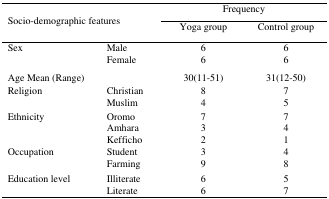
| <ROWSPAN=3-COLSPAN=2> Socio-demographic features | <COLSPAN=2> Frequency |
 | Yoga group | Control group |
 | --- | --- | --- | --- |
 | Sex | Male | 6 | 6 |
 |  | Female | 6 | 6 |
 | Age Mean (Range) |  | 30(11–51) | 31(12–50) |
 | Religion | Christian | 8 | 7 |
 |  | Muslim | 4 | 5 |
 | Ethnicity | Oromo | 7 | 7 |
 |  | Amhara | 3 | 4 |
 |  | Kefficho | 2 | 1 |
 | Occupation | Student | 3 | 4 |
 |  | Farming | 9 | 8 |
 | Education level | Illiterate | 6 | 5 |
 |  | Literate | 6 | 7 |